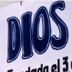
DIOS